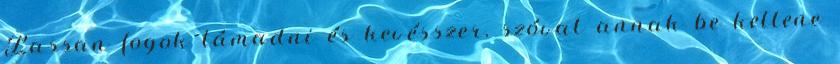
Lassan fogok támadni és kevésszer, szóval annak be kellene